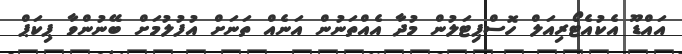
އައްޑޫ އެކުއެޓޯރިއަލް ހޮސްޕިޓަލުން މުދާ އެއްތަނުން އަނެއް ތަނަށް އުފުލުމަށް ބޭނުންވާ ޕިކަޕް